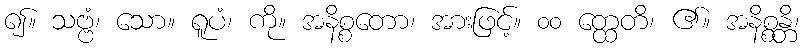
၍။ သဗ္ဗံ၊ သော။ ရူပံ၊ ကို။ အနိစ္စတော၊ အားဖြင့်။ ၀၀ တ္ထေတိ၊ ၏။ အနိစ္စန္တိ၊